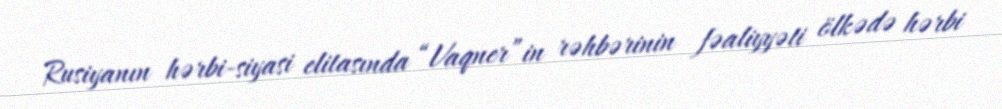
Rusiyanın hərbi-siyasi elitasında “Vaqner”in rəhbərinin fəaliyyəti ölkədə hərbi